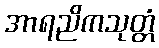
အာရညိကသုတ္တံ